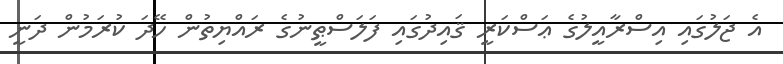
އެ ޖަލުގައި އިސްރާއީލުގެ ޢަސްކަރީ ޤައިދުގައި ފަލަސްޠީނުގެ ރައްޔިތުން ހޭދަ ކުރަމުން ދަނީ